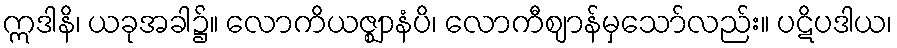
ဣဒါနိ၊ ယခုအခါ၌။ လောကိယဇ္ဈာနံပိ၊ လောကီဈာန်မှသော်လည်း။ ပဋိပဒါယ၊